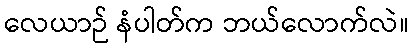
လေယာဉ် နံပါတ်က ဘယ်လောက်လဲ။